Leaving Certificate Examination, 1902
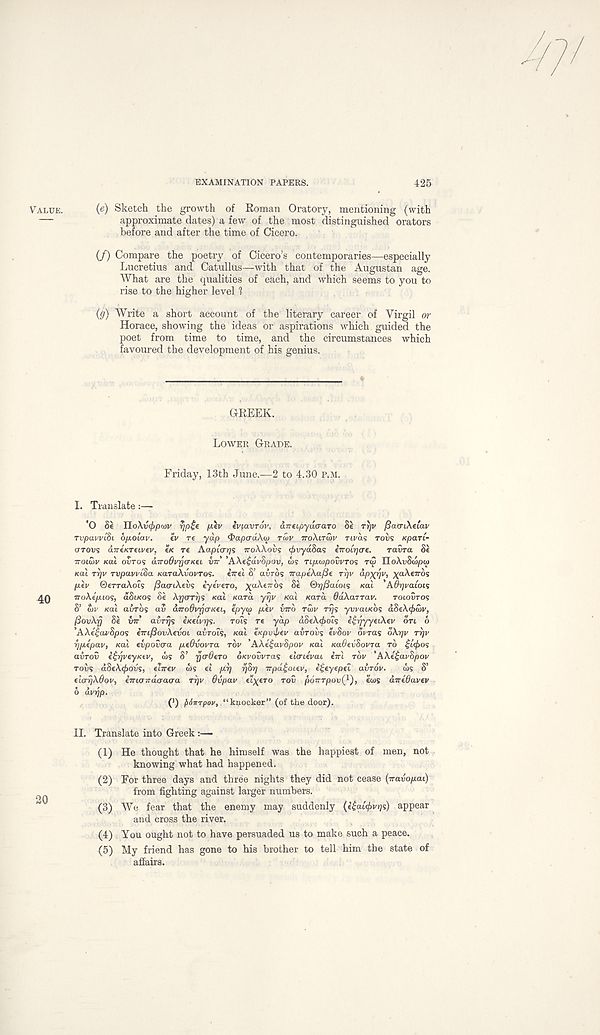
EXAMINATION PAPERS.
425
(e) Sketch the growth of Roman Oratory, mentioning (with
approximate dates) a few of the most distinguished orators
before and after the time of Cicero.
(/) Compare the poetry of Cicero’s contemporaries—especially
Lucretius and Catullus—with that of the Augustan age.
What are the qualities of e&ch, and which seems to you to
rise to the higher level 1
(g) Write a short account of the literary career of Yirgil or
Horace, showing the ideas or aspirations which guided the
poet from time to time, and the circumstances which
favoured the development of his genius.
GREEK.
LOWER GRADE.
Friday, 13th June.—2 to 4.30 P.M.
I. Translate
'O <5e UoXvcfjpiov r}p£e fiev iviavrov, airtipyixcra.ro Se TrjV fiaatXtlav
TV paw it) i bfxo'iav.
tv re yap ‘Paper OAOJ rcov TTOXITOW rtvas roiis xpari-
arovs airtKTtivtv, tK re Aaptcr^s iroXXovs rfavydSas eiroirjcre.
ravra St
TTOIUV Kal ovros diroOvrjcrKti vir’ ’AXe£dv8pav, ws rtpewpowros ra) IIoXvbdpo)
KUL rrjv rvpawiba KaraXvovros.
iirel 8’ avros irapeXafie rrjv ap^yv, yaXerros
/xev ©erraXols fiacriXevs iyevero, \aXtirbi Se ©rj^aioi's Kal 'Adr/vaioif
iroXe/xios, aStKOS 8t Xr](TTr]'S xal Kara yrjv Kal Kara OdXarrav.
TOLOVTOS
S’ tXv Kal avrbs av diroOvrjaKti, epyta /xev inrb rwv rrjs ywaiKOS d8tX<f>S>v,
(SovXrj 8e VTT avrrji tKtivrjs.
roes re yap a8eA.^)Ots e^yjyytiXtv on 6
’AXt^anSpos eiri/SovXevoi avrous, Kal tKpv\pev avrovs evSov orras oXrjv rrjv
gpepav, Kal evpovcra ptOvovra rbv ’AXe£av8pov Kal Ka6ev8ovra TO $l(f>o^
avrov i£r}vtyKtv, is S’ ya8ero o/erowras tieruvat eirl rbv 'AXt£av8pov
Tons dbtXtfiOv's, tlirev d)s el prj rj8i] irpd$ouv, ifjeyepet abrov.
<I)s S’
elcrrjXOov, emrjndcraaa ryv 6vpav eiyero TOS poVrpoiJ 1 ), ews diredavev
6 dvrjp.
(’) ftiirrpov, “knocker” (of the door).
II. Translate into Greek:—■
(1) He thought that he himself was the happiest of men, not
knowing what had happened.
(2) For three days and three nights they did not cease (iravopai)
from fighting against larger numbers.
{3) We fear that the enemy may suddenly (e&ut/wqs) appear
and cross the river.
(4) You ought not to have persuaded us to make such a peace.
(5) My friend has gone to his brother to tell him the state of
affairs.